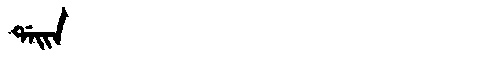
Manchu: ᡩᠠᡳᠨ
Romanization: DAIN